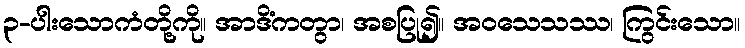
၃-ပါးသောကံတို့ကို။ အာဒိံကတွာ၊ အစပြု၍။ အဝသေသဿ၊ ကြွင်းသော။